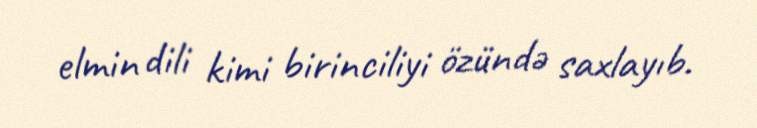
elmin dili kimi birinciliyi özündə saxlayıb.